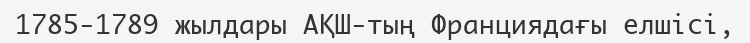
1785-1789 жылдары АҚШ-тың Франциядағы елшісі,